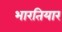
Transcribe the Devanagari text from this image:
भारतियार